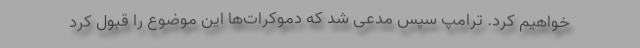
خواهیم کرد. ترامپ سپس مدعی شد که دموکرات‌ها این موضوع را قبول کرد